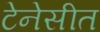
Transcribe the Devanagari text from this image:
टेनेसीत